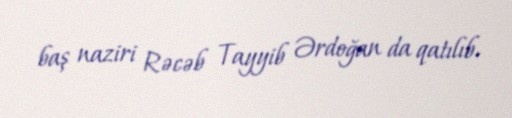
baş naziri Rəcəb Tayyib Ərdoğan da qatılıb.